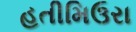
હતીમિઉરા